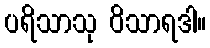
ပရိသာသု ဝိသာရဒါ။